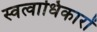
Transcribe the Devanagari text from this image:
स्वत्वाधिकारों